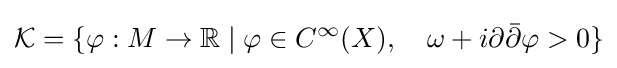
{\mathcal {K}}=\{\varphi :M\to \mathbb {R} \mid \varphi \in C^{\infty }(X),\quad \omega +i\partial {\bar {\partial }}\varphi >0\}